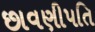
છાવણીપતિ